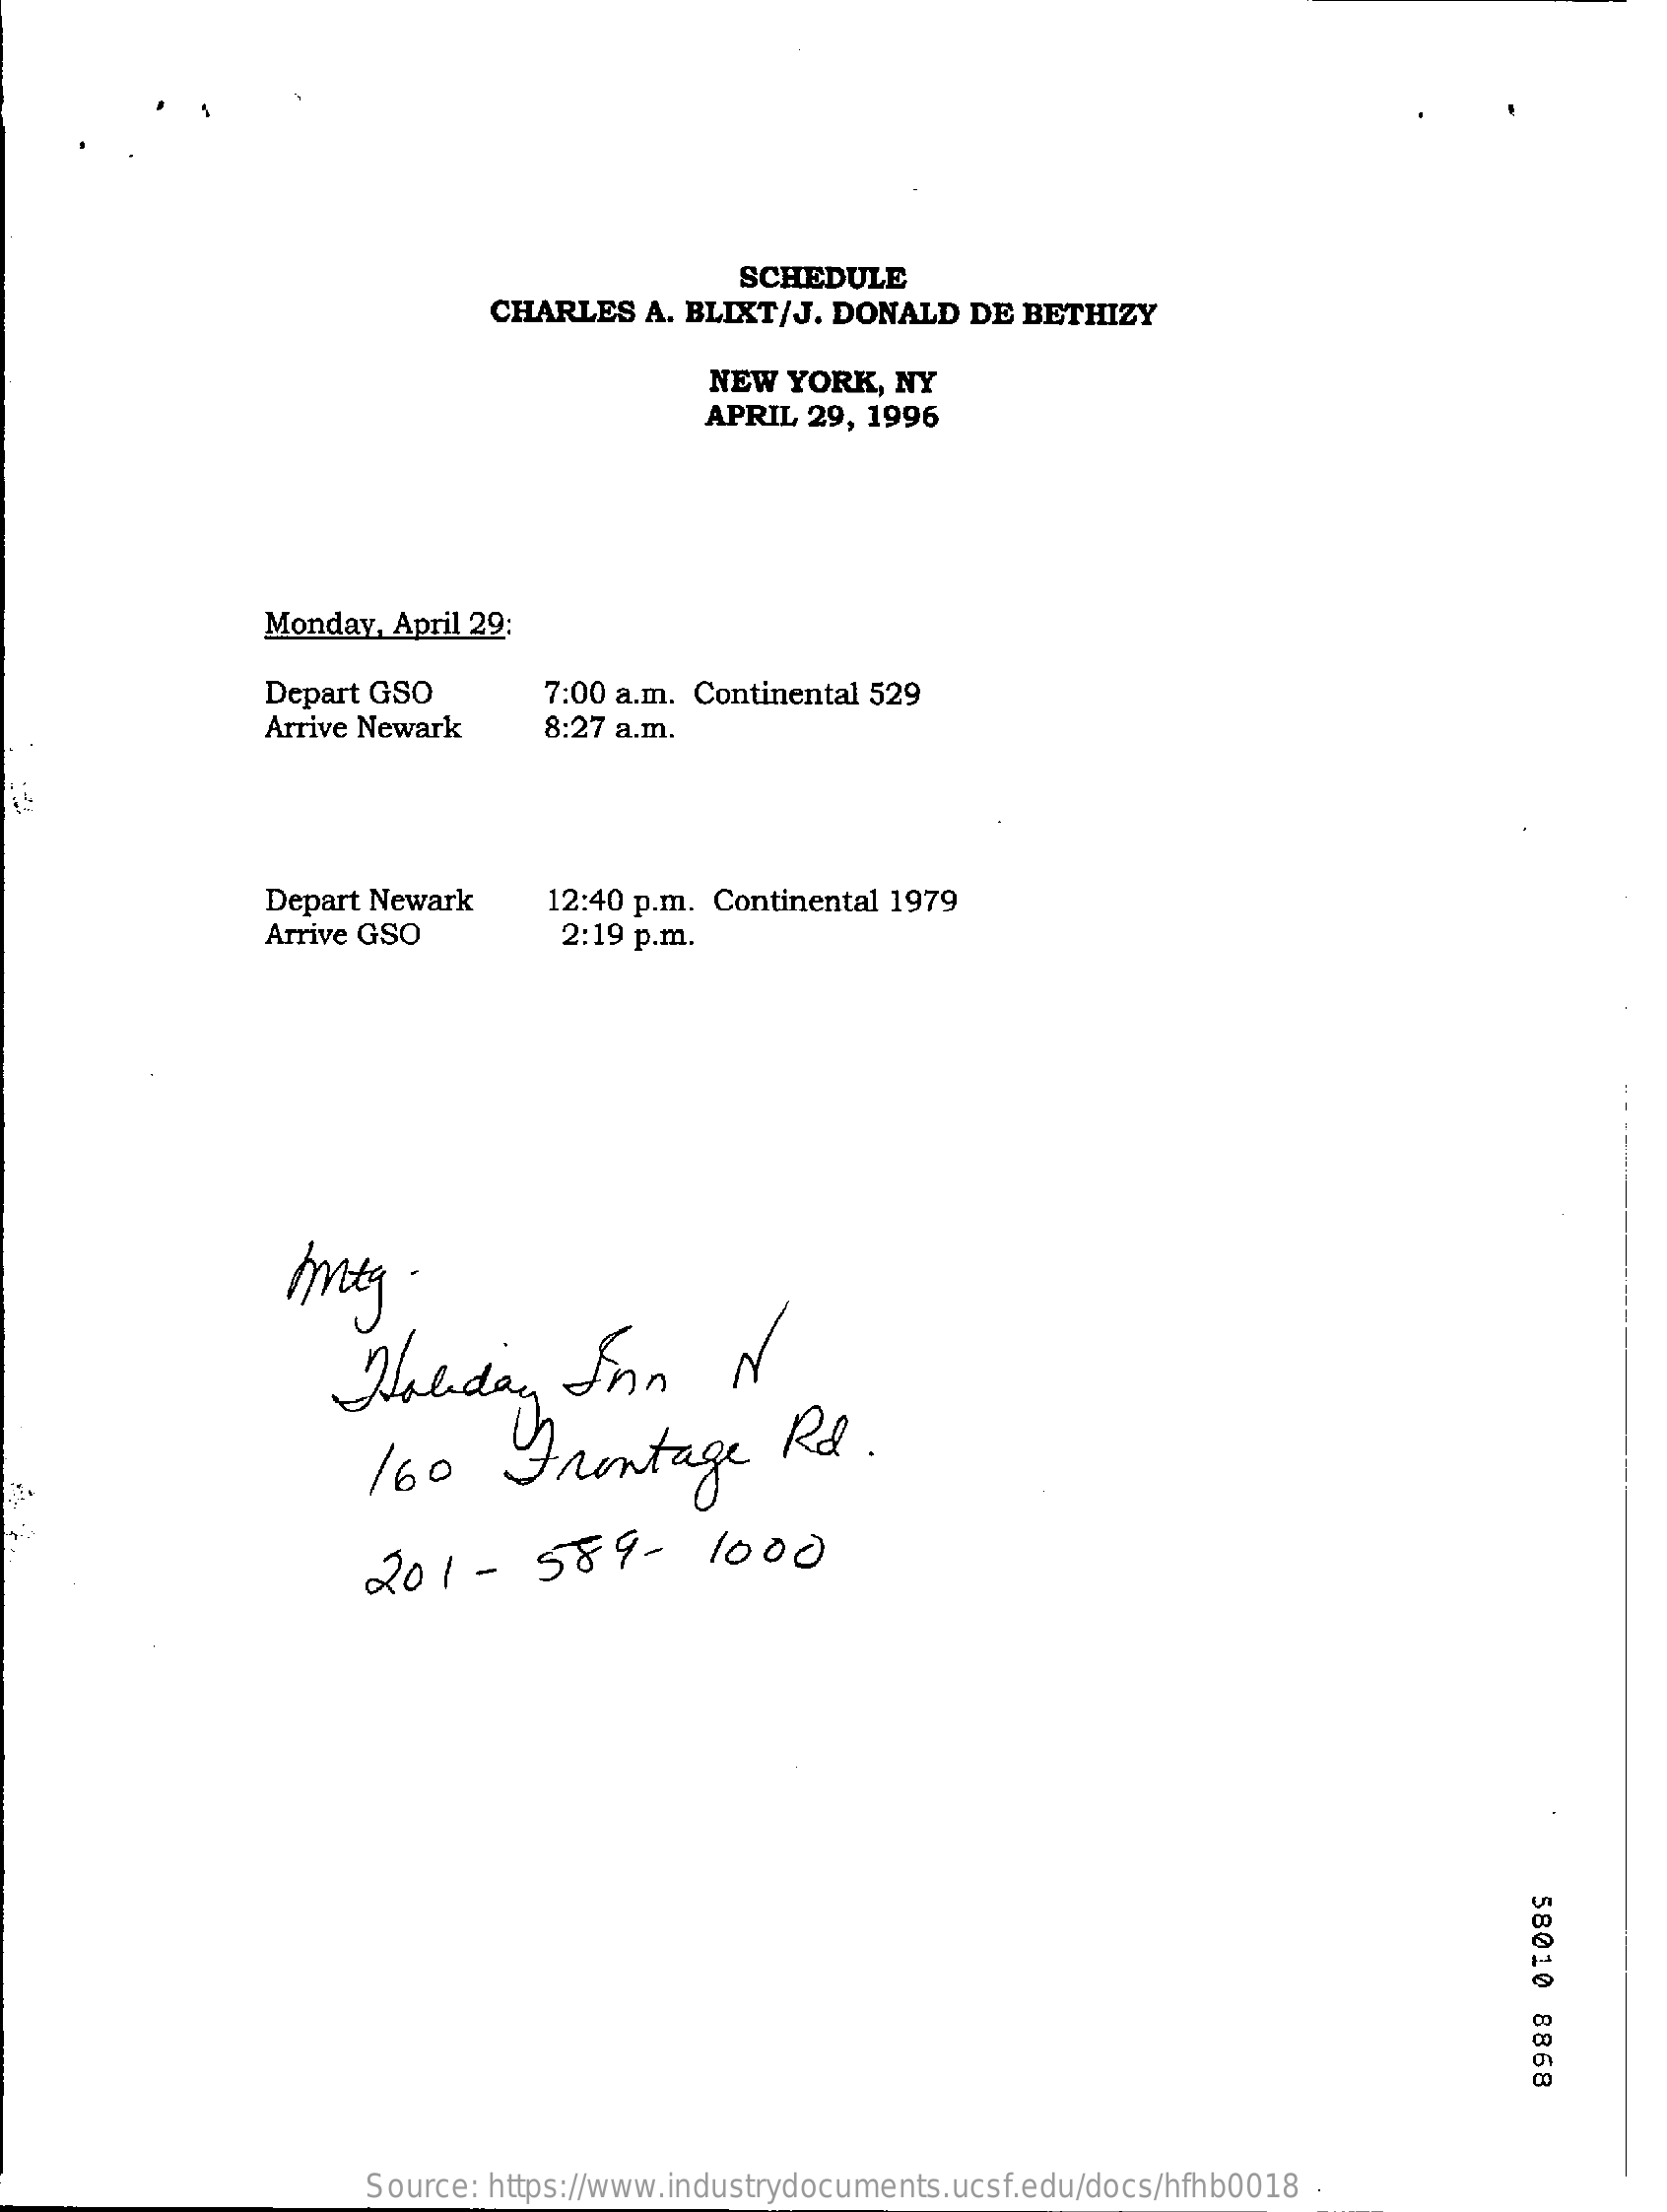
SCHEDULE
     CHARLES   A. BLIXT/J. DONALD  DE  BETHIZY
     NEW  YORK,  NY
     APRIL 29, 1996
     Monday, April 29:
     Depart GSO
     Arrive Newark
     7:00 a.m. Continental 529
     8:27 a.m.
     Depart Newark    12:40 p.m. Continental 1979
     Arrive GSO    2:19 p.m.
     mitg    .
     Holiday    Inn    N
     160    Frontage    Rd.
     201-    589-    1000
     58010
     8868
     Source: https://www.industrydocuments.ucsf.edu/docs/hfhb0018